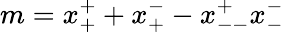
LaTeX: m=x_{+}^{+}+x_{+}^{-}-x_{--}^{+}x_{-}^{-}